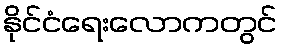
နိုင်ငံရေးလောကတွင်